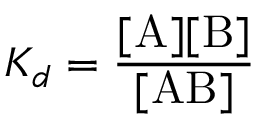
K _ { d } = \mathrm { \frac { [ A ] [ B ] } { [ A B ] } }